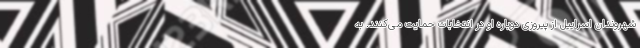
شهروندان اسراییل از پیروزی دوباره او در انتخابات حمایت می‌کنند. به